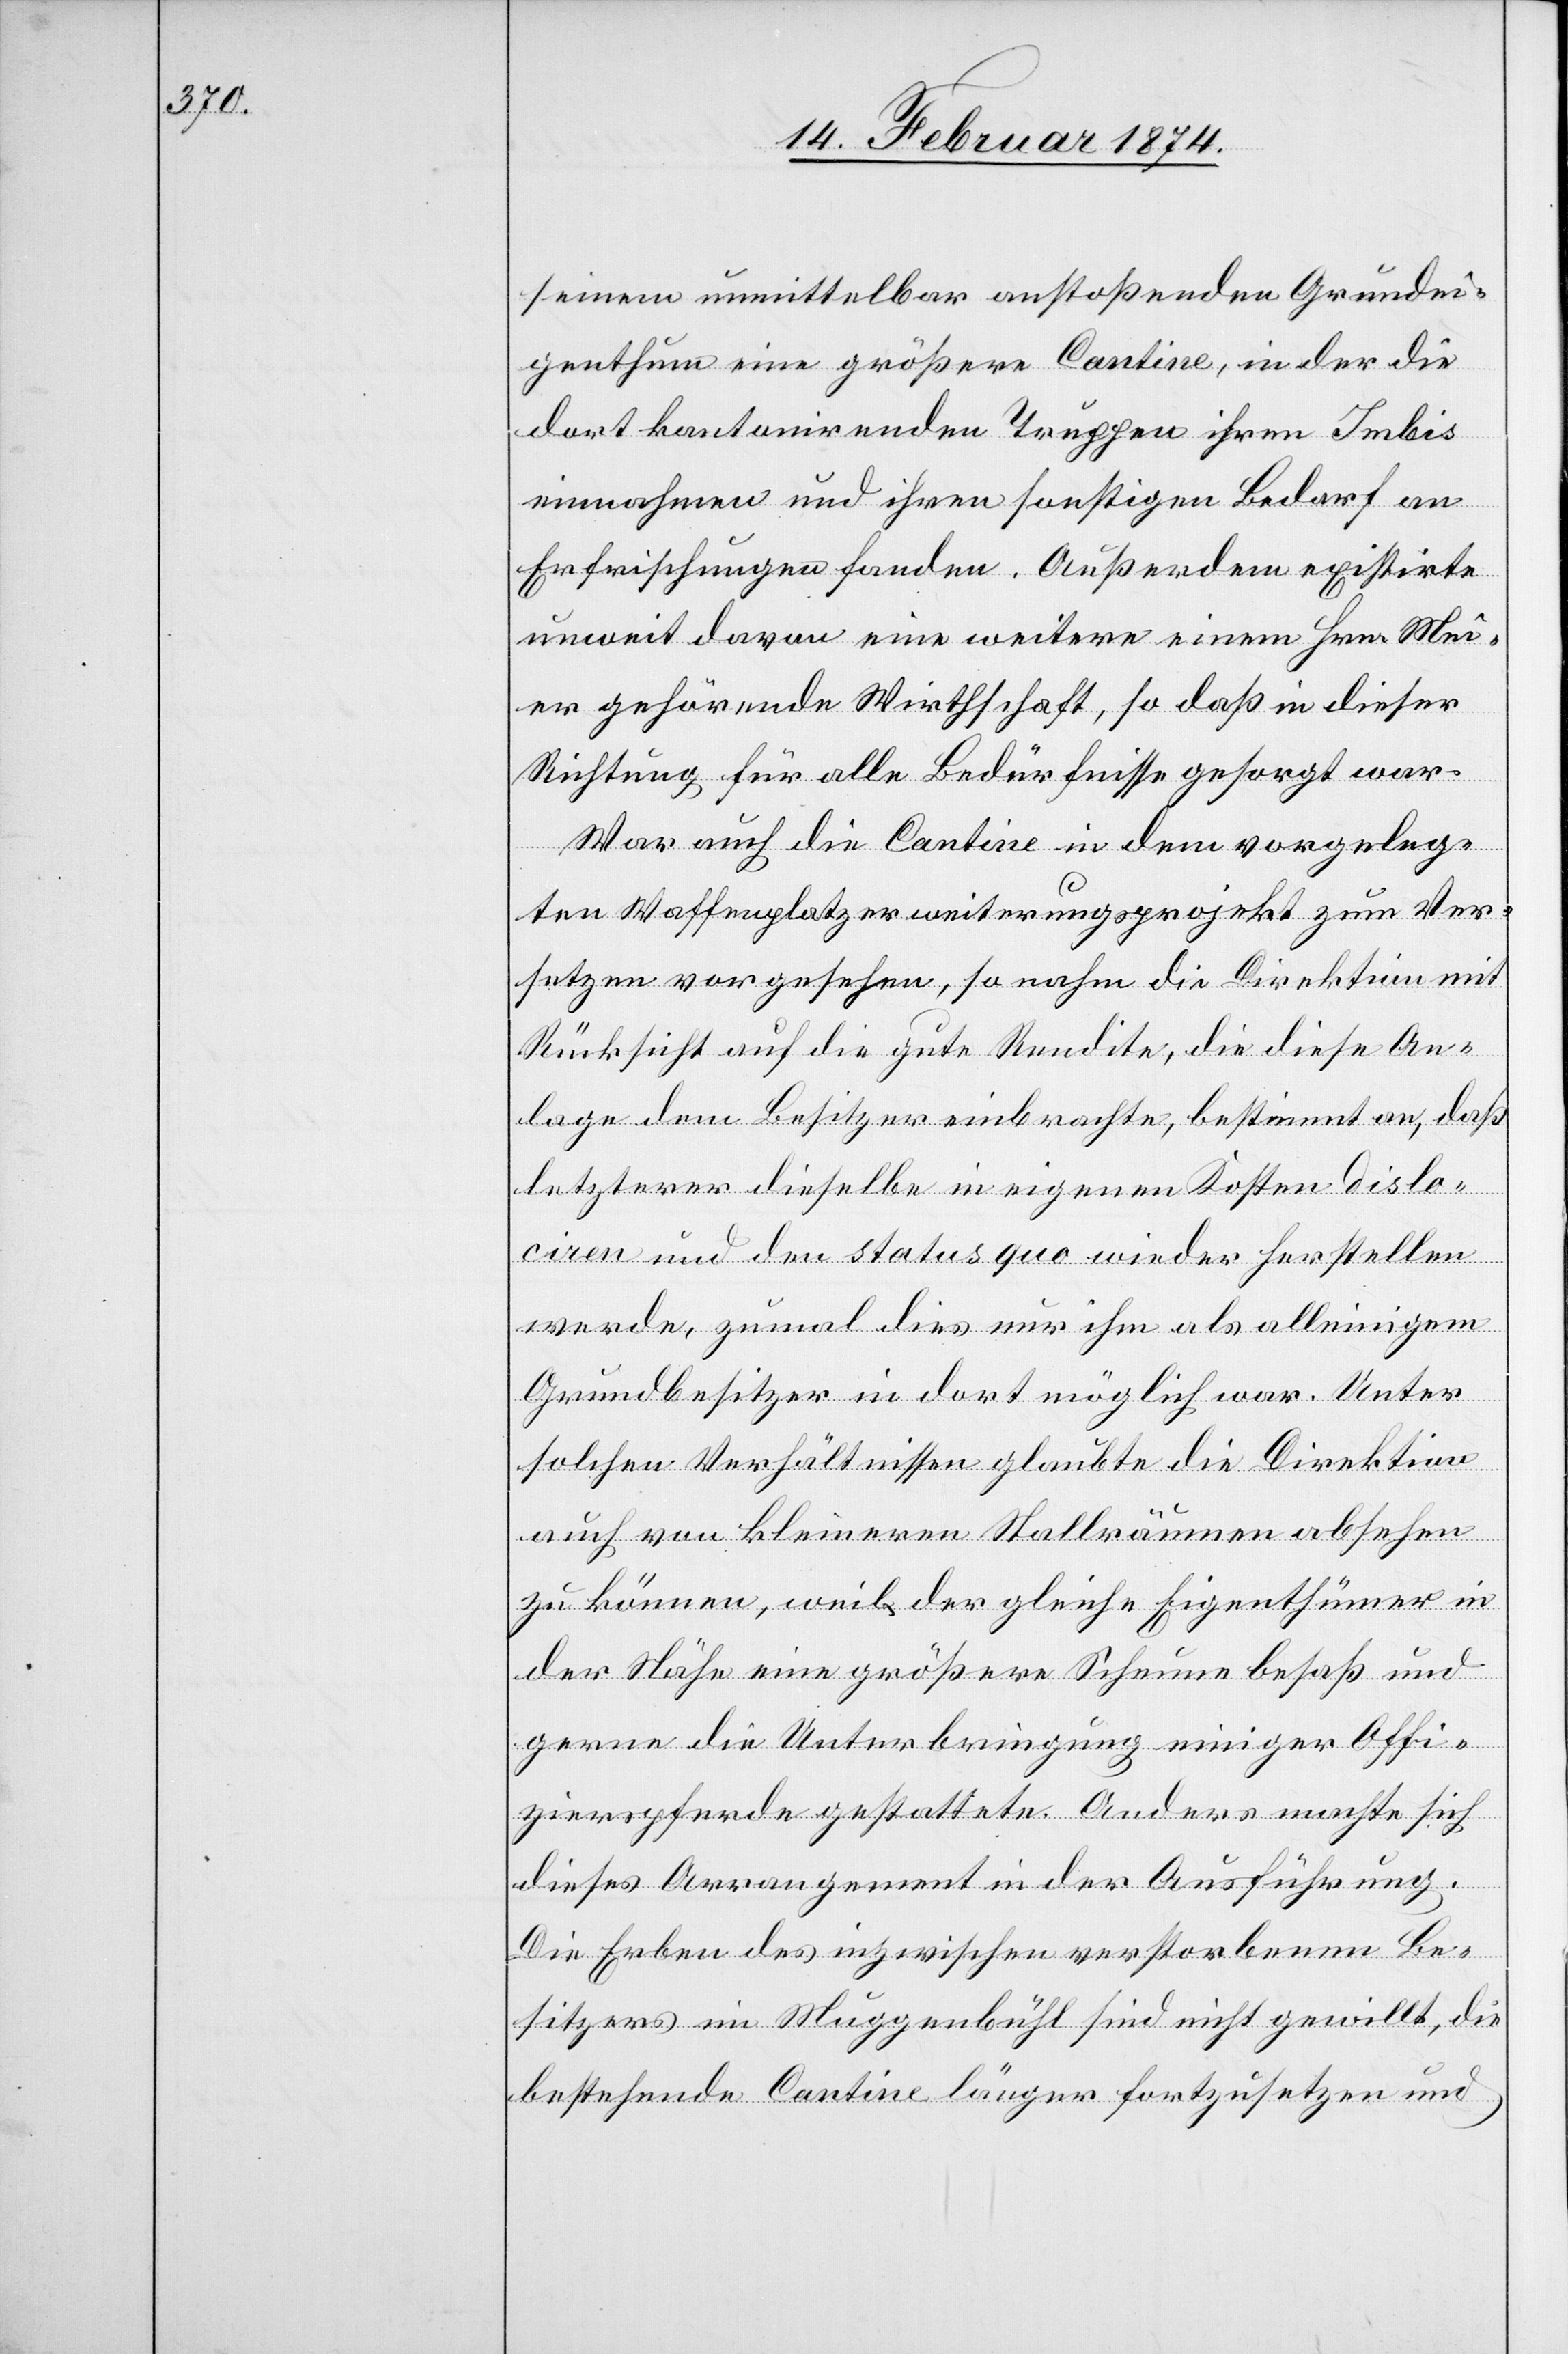
seinem unmittelbar anstoßenden Grundei¬
genthum eine größere Cantine, in der die
dort kantonirenden Truppen ihren Imbis
einnehmen und ihren sonstigen Bedarf an
Erfrischungen fanden. Außerdem existirte
unweit davon eine weitere einem Hrn. Mei¬
er gehörende Wirthschaft, so daß in dieser
Richtung für alle Bedürfnisse gesorgt war.
War auch die Cantine in dem vorgeleg¬
ten Waffenplatzerweiterungsprojekt zum Ver¬
setzen vorgesehen, so nahm die Direktion mit
Rücksicht auf die gute Rendite, die diese An¬
lage dem Besitzer einbrachte, bestimmt an, daß
letzterer dieselbe in eigenen Kosten dislo¬
ciren und den status quo wieder herstellen
werde, zumal dies nur ihm als alleinigem
Grundbesitzer in dort möglich war. Unter
solchen Verhältnissen glaubte die Direktion
auch von kleineren Stallräumen absehen
zu können, weil der gleiche Eigenthümer in
der Nähe eine größere Scheune besaß und
gerne die Unterbringung einiger Offi¬
zierspferde gestattete. Anders machte sich
dieses Arrangement in der Ausführung.
Die Erben des inzwischen verstorbenen Be¬
sitzers im Muggenbühl sind nicht gewillt, die
bestehende Cantine länger fortzusetzen und